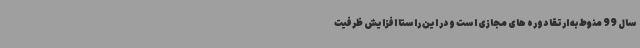
سال 99 منوط به ارتقا دوره های مجازی است و در این راستا افزایش ظرفیت